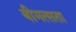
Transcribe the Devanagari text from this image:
बीभत्सता